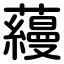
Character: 蘰